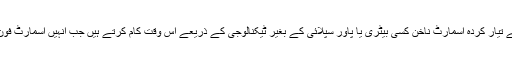
رپورٹ کے مطابق جاپانی کمپنی کے تیار کردہ اسمارٹ ناخن کسی بیٹری یا پاور سپلائی کے بغیر ٹیکنالوجی کے ذریعے اس وقت کام کرتے ہیں جب انہیں اسمارٹ فون سیٹ کے ساتھ مربوط کیا جاتا ہے۔